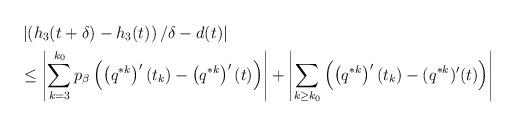
LaTeX: \begin{align*}&\left|\left(h_3(t+\delta)-h_3(t)\right)/\delta-d(t)\right|\\ &\leq \left| \sum_{k=3}^{k_0} p_{\beta} \left( \left( q^{*k}\right)^{\prime}(t_k)-\left( q^{*k}\right)^{\prime}(t)\right)\right| +\left| \sum_{k\geq k_0}\left(\left(q^{*k}\right)^{\prime}(t_k)-(q^{*k})^{\prime}(t)\right)\right|\end{align*}